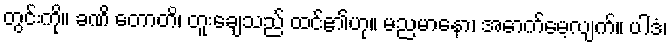
တွင်းကို။ ခဏိ တောတိ၊ တူးချေသည် ထင်၏ဟု။ မညမာနော၊ အောက်မေ့လျက်။ ပါဒံ၊